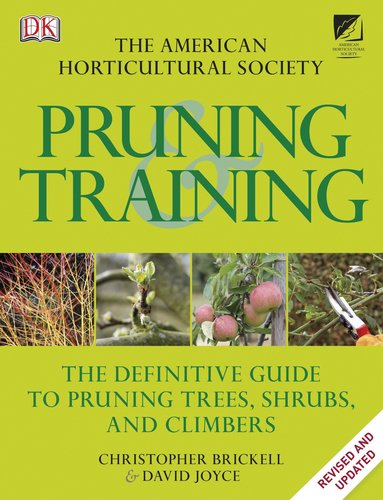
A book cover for American Horticultural Society Pruning and Training; Christopher Brickell; Crafts, Hobbies & Home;